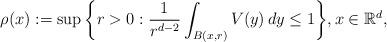
LaTeX: \begin{align*}\rho(x):=\sup\bigg\{r>0:\frac{1}{r^{d-2}}\int_{B(x,r)}V(y)\,dy\leq1\bigg\},x\in\mathbb R^d,\end{align*}